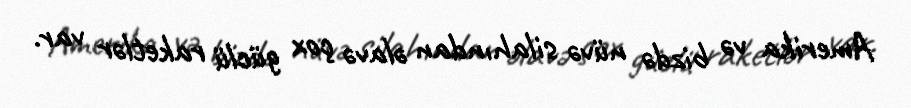
Amerika və bizdə nüvə silahından əlavə çox güclü raketlər var.